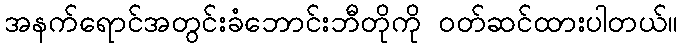
အနက်ရောင်အတွင်းခံဘောင်းဘီတိုကို ဝတ်ဆင်ထားပါတယ်။